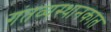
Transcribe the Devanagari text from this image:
गंतव्यस्थानकात